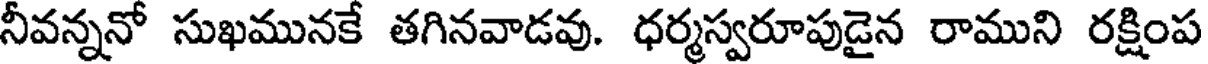
నీవన్ననో సుఖమునకే తగినవాడవు. ధర్మస్వరూపుడైన రాముని రక్షింప